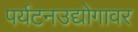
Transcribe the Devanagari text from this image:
पर्यटनउद्योगावर